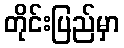
တိုင်းပြည်မှာ